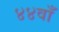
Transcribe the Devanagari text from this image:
४४वाँ